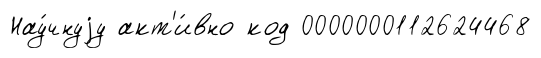
Нау́чнуjу акт'и́вно код 0000000112624468